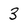
Character: 3